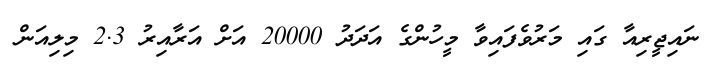
ނައިޖީރިއާ ގައި މަރުވެފައިވާ މީހުންގެ އަދަދު 20000 އަށް އަރާއިރު 2.3 މިލިއަން